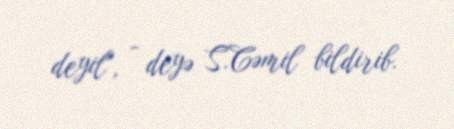
deyil", - deyə S.Cəmil bildirib.